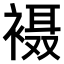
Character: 𫌇